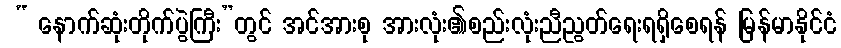
 “ နောက်ဆုံးတိုက်ပွဲကြီး”တွင် အင်အားစု အားလုံး၏စည်းလုံးညီညွတ်ရေးရရှိစေရန် မြန်မာနိုင်ငံ